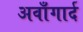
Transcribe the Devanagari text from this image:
अवाँगार्द